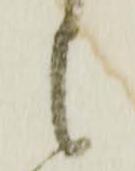
者